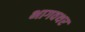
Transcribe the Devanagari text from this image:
भागवथर